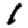
Digit: 1